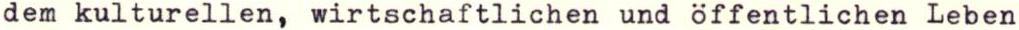
dem kulturellen, wirtschaftlichen und öffentlichen Leben